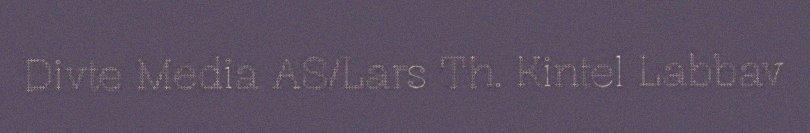
Divte Media AS/Lars Th. Kintel Labbav